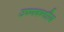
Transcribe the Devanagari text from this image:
उष्णबन्धीय